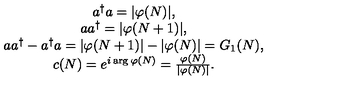
\begin{array} { c } { a ^ { \dagger } a = | \varphi ( N ) | , } \\ { a a ^ { \dagger } = | \varphi ( N + 1 ) | , } \\ { a a ^ { \dagger } - a ^ { \dagger } a = | \varphi ( N + 1 ) | - | \varphi ( N ) | = G _ { 1 } ( N ) , } \\ { c ( N ) = e ^ { i \arg \varphi ( N ) } = \frac { \varphi ( N ) } { | \varphi ( N ) | } . } \\ \end{array}